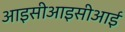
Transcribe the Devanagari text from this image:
आइसीआइसीआई